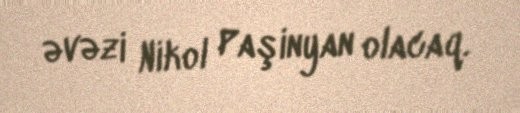
əvəzi Nikol Paşinyan olacaq.